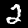
Label: 2